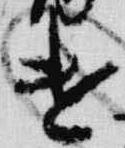
遣